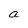
Character: a